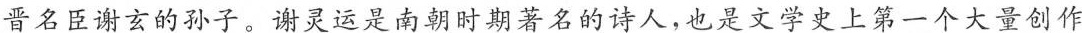
晋名臣谢玄的孙子。谢灵运是南朝时期著名的诗人，也是文学史上第一个大量创作